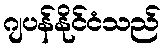
ဂျပန်နိုင်ငံသည်